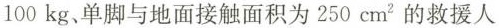
100kg、单脚与地面接触面积为250cm^{2}的救援人